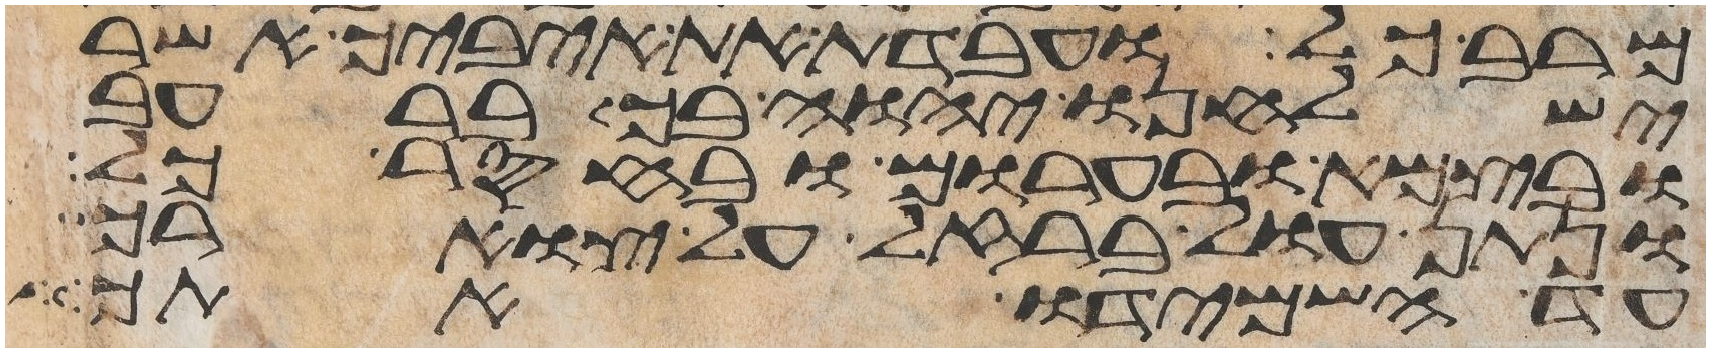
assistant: מרב כל ועבדת את איביך אשר
ישלחנו יהוה בך ברעב
ובצמא ובערום ובחסר כל
ונתן עול ברזל על צוארך
עד השמידו אתך